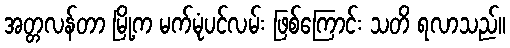
အတ္တလန်တာ မြို့က မက်မုံပင်လမ်း ဖြစ်ကြောင်း သတိ ရလာသည်။